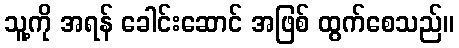
သူ့ကို အရန် ခေါင်းဆောင် အဖြစ် ထွက်စေသည်။